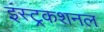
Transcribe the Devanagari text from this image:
इंस्ट्रकशनल